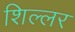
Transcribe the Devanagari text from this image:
शिल्लर